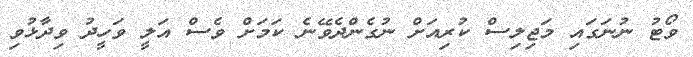
ވޯޓު ނުނަގައި މަޖިލިސް ކުރިއަށް ނުގެންދެވޭނެ ކަމަށް ވެސް އަލީ ވަހީދު ވިދާޅުވި